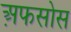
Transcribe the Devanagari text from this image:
अ़फसोस